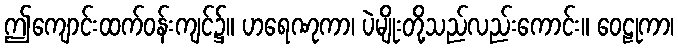
ဤကျောင်းထက်ဝန်းကျင်၌။ ဟရေဏုကာ၊ ပဲမျိုးတို့သည်လည်းကောင်း။ ဝေဠုကာ၊